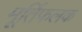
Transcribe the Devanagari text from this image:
मूर्तिफलक